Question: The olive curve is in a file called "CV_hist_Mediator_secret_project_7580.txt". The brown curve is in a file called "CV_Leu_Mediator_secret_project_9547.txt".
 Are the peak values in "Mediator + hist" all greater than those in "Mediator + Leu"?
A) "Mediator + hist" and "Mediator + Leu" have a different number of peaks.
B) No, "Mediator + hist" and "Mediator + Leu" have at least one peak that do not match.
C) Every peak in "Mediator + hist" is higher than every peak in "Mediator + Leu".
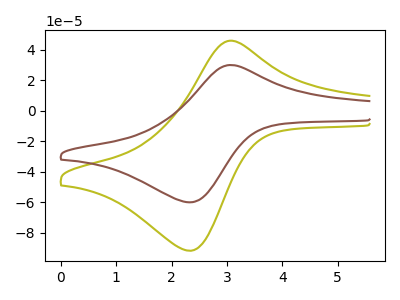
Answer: <think>The olive curve "Mediator + hist" has an anodic peak at (3.10V, 46.00uA) and a cathodic peak at (2.30V, -91.60uA). The brown curve "Mediator + Leu" has an anodic peak at (3.10V, 30.05uA) and a cathodic peak at (2.30V, -59.90uA).</think>
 <answer>C) Every peak in "Mediator + hist" is higher than every peak in "Mediator + Leu".</answer>
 <eval>C</eval>